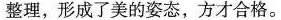
整理，形成了美的姿态，方才合格。